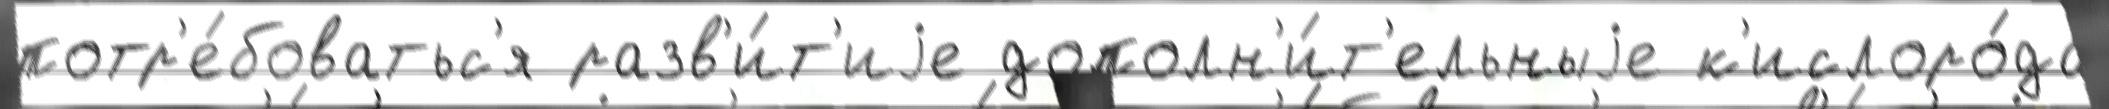
потр'е́боватьс'я разв'и́т'иjе дополн'и́т'ельныjе к'ислоро́да